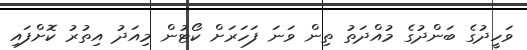
ވަހީދުގެ ބަންދުގެ މުއްދަތު ތިން ވަނަ ފަހަރަށް ކޯޓުން މިއަދު އިތުރު ކޮށްފައި